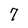
Character: 7